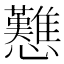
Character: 戁